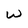
Character: W